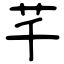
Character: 芊